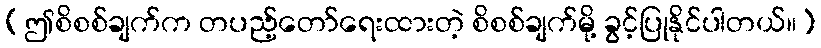
[ဤစိစစ်ချက်က တပည့်တော်ရေးထားတဲ့ စိစစ်ချက်မို့ ခွင့်ပြုနိုင်ပါတယ်။]